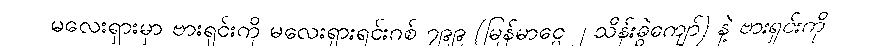
မလေးရှားမှာ ဗားရှင်းကို မလေးရှားရင်းဂစ် ၇၉၉ (မြန်မာငွေ ၂ သိန်းခွဲကျော်) နဲ့ ဗားရှင်းကို